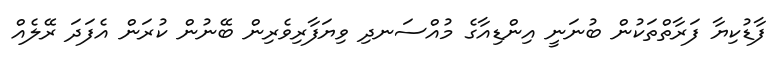
ފާޑުކިޔާ ފަރާތްތަކުން ބުނަނީ އިންޑިއާގެ މުއްސަނދި ވިޔަފާރިވެރިން ބޭނުން ކުރަން އެފަދަ ރޭލެއް